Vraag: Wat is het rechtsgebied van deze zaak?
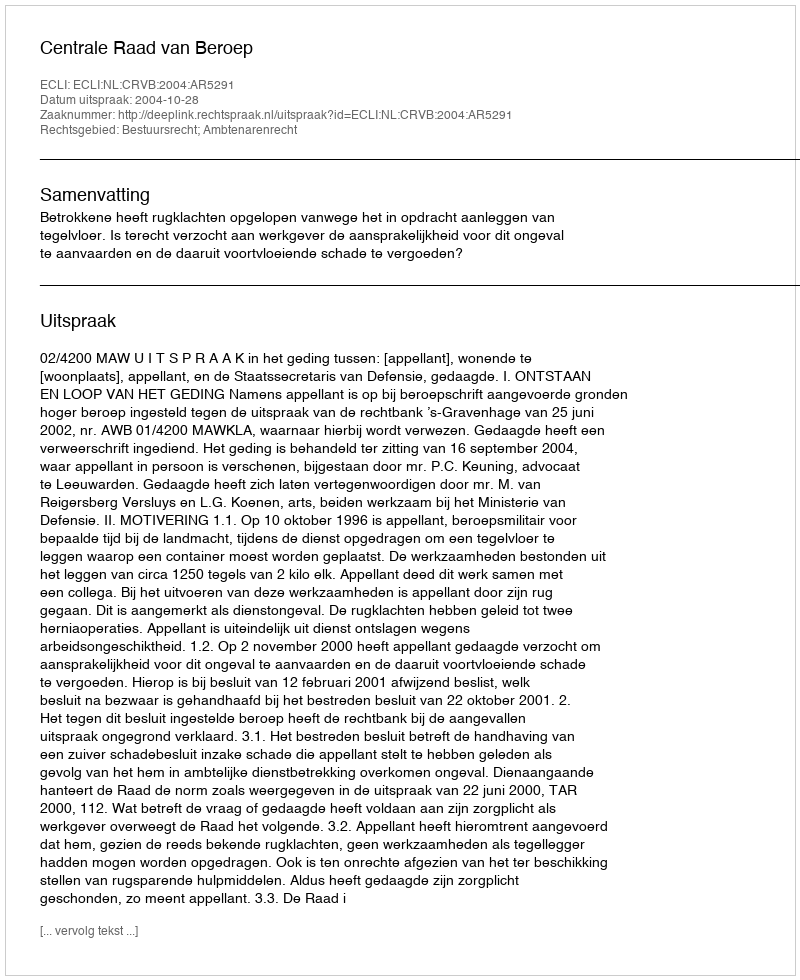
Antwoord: Bestuursrecht; Ambtenarenrecht